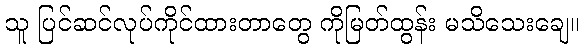
သူ ပြင်ဆင်လုပ်ကိုင်ထားတာတွေ ကိုမြတ်ထွန်း မသိသေးချေ။